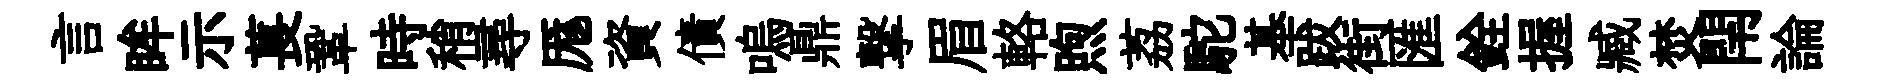
言眸示萇鞏時稍尋厖資債嗚鼎撃眉輅煦荔駝基跋街匯銓握臧焚閈論